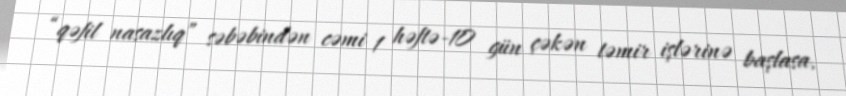
“qəfil nasazlıq” səbəbindən cəmi 1 həftə-10 gün çəkən təmir işlərinə başlasa,